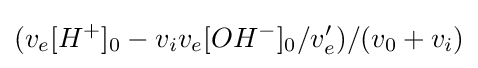
(v_{e}[H^{+}]_{0}-v_{i}v_{e}[OH^{-}]_{0}/v_{e}^{\prime })/(v_{0}+v_{i})